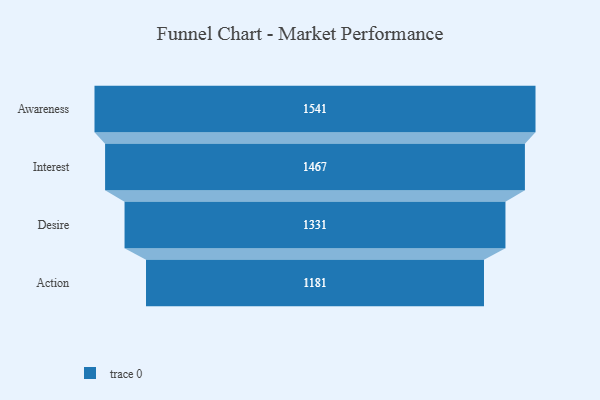
{"axis": {"x": "Stage", "y": "Value"}, "legend": [""], "data": [{"x": "Awareness", "y": 1541.0, "type": ""}, {"x": "Interest", "y": 1467.0, "type": ""}, {"x": "Desire", "y": 1331.0, "type": ""}, {"x": "Action", "y": 1181.0, "type": ""}]}